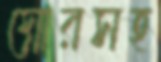
স্নোরসহ